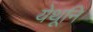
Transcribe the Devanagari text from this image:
येथूनि